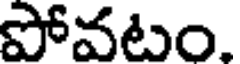
పోవటం.